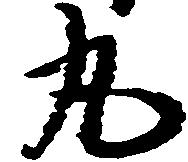
丸